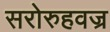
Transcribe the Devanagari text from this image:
सरोरुहवज्र